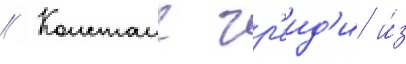
// Констанс гр'еид'и и́з